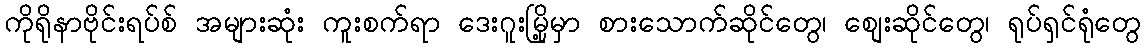
ကိုရိုနာဗိုင်းရပ်စ် အများဆုံး ကူးစက်ရာ ဒေးဂူးမြို့မှာ စားသောက်ဆိုင်တွေ၊ စျေးဆိုင်တွေ၊ ရုပ်ရှင်ရုံတွေ